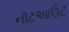
નૉટઆઉટ